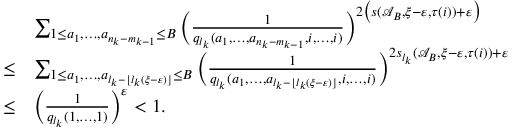
\begin{array} { r l } & { \sum _ { 1 \leq a _ { 1 } , \ldots , a _ { n _ { k } - m _ { k - 1 } } \leq B } \Big ( \frac { 1 } { q _ { l _ { k } } ( a _ { 1 } , \ldots , a _ { n _ { k } - m _ { k - 1 } } , i , \ldots , i ) } \Big ) ^ { 2 \big ( s ( \mathcal { A } _ { B } , \xi - \varepsilon , \tau ( i ) ) + \varepsilon \big ) } } \\ { \leq } & { \sum _ { 1 \leq a _ { 1 } , \ldots , a _ { l _ { k } - \lfloor l _ { k } ( \xi - \varepsilon ) \rfloor } \leq B } \Big ( \frac { 1 } { q _ { l _ { k } } ( a _ { 1 } , \ldots , a _ { l _ { k } - \lfloor l _ { k } ( \xi - \varepsilon ) \rfloor } , i , \ldots , i ) } \Big ) ^ { 2 s _ { l _ { k } } ( \mathcal { A } _ { B } , \xi - \varepsilon , \tau ( i ) ) + \varepsilon } } \\ { \leq } & { \Big ( \frac { 1 } { q _ { l _ { k } } ( 1 , \ldots , 1 ) } \Big ) ^ { \varepsilon } < 1 . } \end{array}